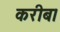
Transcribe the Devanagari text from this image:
करीब।